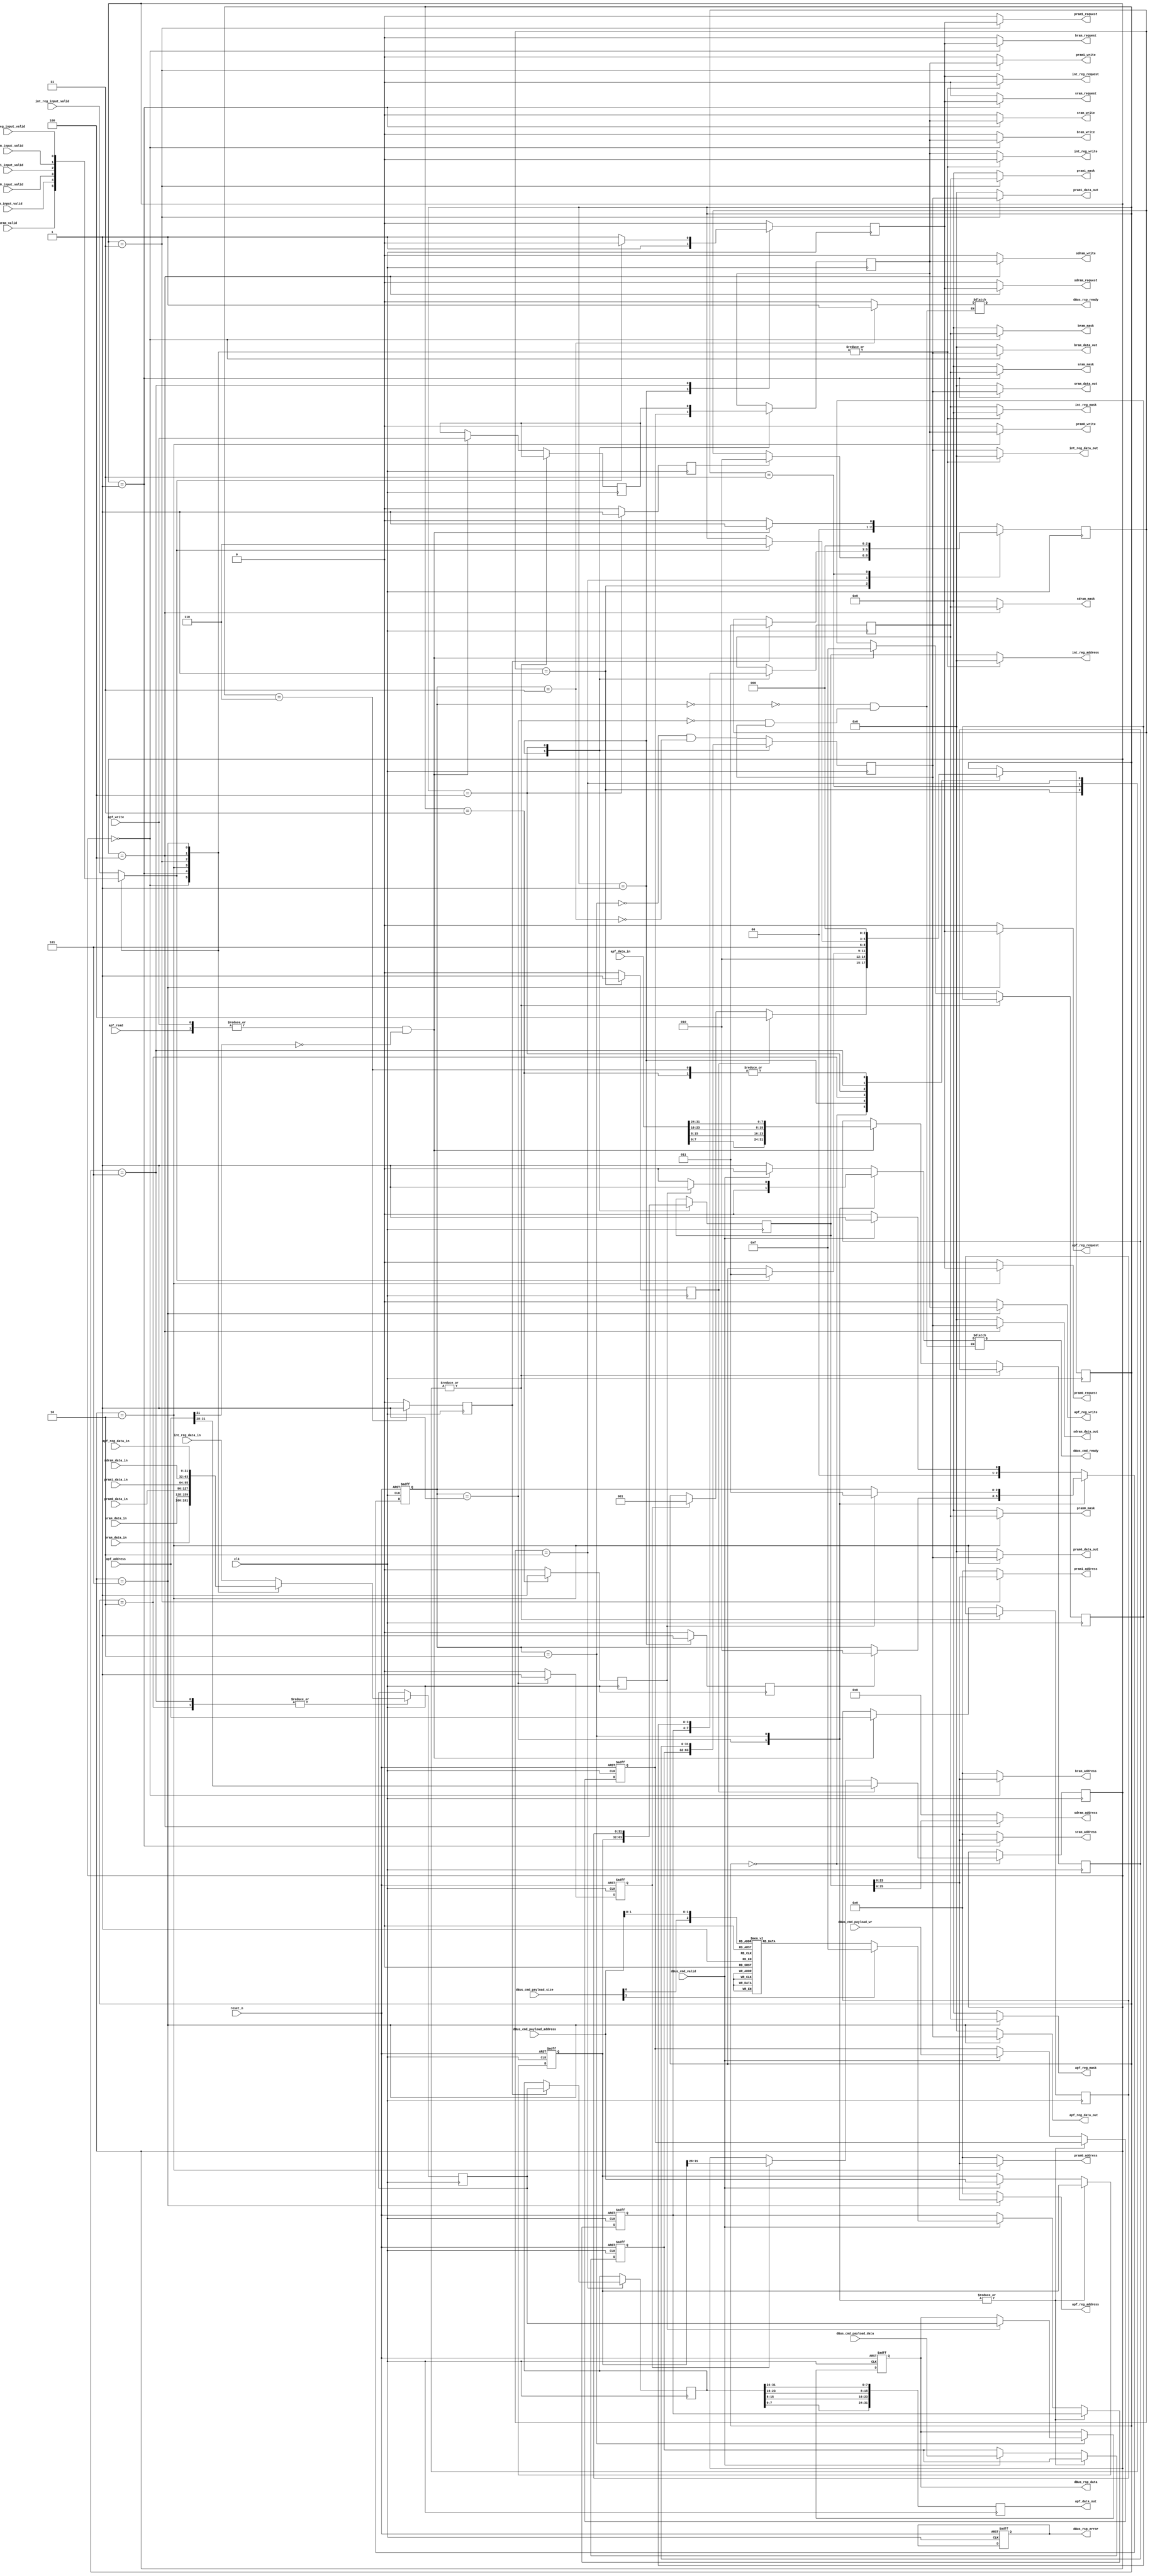
module arb_apf_mpu_controller(
    input wire          clk,
    input wire          reset_n,

    
    input  wire         dBus_cmd_valid,
    output reg          dBus_cmd_ready,
    input  wire         dBus_cmd_payload_wr,
    input  wire[31:0]   dBus_cmd_payload_address,
    input  wire[31:0]   dBus_cmd_payload_data,
    input  wire[1:0]    dBus_cmd_payload_size,
    output reg          dBus_rsp_ready = 0,
    output reg          dBus_rsp_error = 0,
    output reg [31:0]   dBus_rsp_data = 0,  

    input  wire[31:0]   apf_address,
    input  wire[31:0]   apf_data_in,
    output reg [31:0]   apf_data_out = 0,
    input  wire         apf_write,
    input  wire         apf_read,

    input  wire         bram_valid,
    output reg          bram_write = 0,
    output reg          bram_request = 0,
    output reg [23:0]   bram_address = 0,
    output reg [3:0]    bram_mask = 0,
    output reg [31:0]   bram_data_out = 0,
    input  wire[31:0]   bram_data_in,

    input  wire         sram_input_valid,
    output reg          sram_write = 0,
    output reg          sram_request = 0,
    output reg [23:0]   sram_address = 0,
    output reg [3:0]    sram_mask = 0,
    output reg [31:0]   sram_data_out = 0,
    input  wire[31:0]   sram_data_in,

    input  wire         pram0_input_valid,
    output reg          pram0_write = 0,
    output reg          pram0_request = 0,
    output reg [23:0]   pram0_address = 0,
    output reg [3:0]    pram0_mask = 0,
    output reg [31:0]   pram0_data_out = 0,
    input  wire[31:0]   pram0_data_in,

    input  wire         pram1_input_valid,
    output reg          pram1_write = 0,
    output reg          pram1_request = 0,
    output reg [23:0]   pram1_address = 0,
    output reg [3:0]    pram1_mask = 0,
    output reg [31:0]   pram1_data_out = 0,
    input  wire[31:0]   pram1_data_in,

    input  wire         sdram_input_valid,
    output reg          sdram_write = 0,
    output reg          sdram_request = 0,
    output reg [25:0]   sdram_address = 0,
    output reg [3:0]    sdram_mask = 0,
    output reg [31:0]   sdram_data_out = 0,
    input  wire[31:0]   sdram_data_in,

    input  wire         apf_reg_input_valid,
    output reg          apf_reg_write = 0,
    output reg          apf_reg_request = 0,
    output reg [23:0]   apf_reg_address = 0,
    output reg [3:0]    apf_reg_mask = 0,
    output reg [31:0]   apf_reg_data_out = 0,
    input  wire[31:0]   apf_reg_data_in,

    input  wire         int_reg_input_valid,
    output reg          int_reg_write = 0,
    output reg          int_reg_request = 0,
    output reg [31:0]   int_reg_address = 0,
    output reg [3:0]    int_reg_mask = 0,
    output reg [31:0]   int_reg_data_out = 0,
    input  wire[31:0]   int_reg_data_in

    );

// internal bus controller
// This mux process also works for the addressing where the top 4 bits are used for the address locations
parameter       bram_mux_process    =   0,
                sram_mux_process    =   1,
                pram0_mux_process   =   2,
                pram1_mux_process   =   3,
                sdram_mux_process   =   4,
                apf_reg_mux_process =   5,
                int_reg_mux_process =   6;

parameter       bus_state_process_idle              = 0,
                bus_state_process_cpu_requested     = 1,
                bus_state_process_cpu_wait          = 2,
                bus_state_process_cpu_completed     = 3,
                bus_state_process_apf_requested     = 4,
                bus_state_process_apf_wait          = 5,
                bus_state_process_apf_completed     = 6;


    reg [2:0]       bus_state_process = 0;  // setup the muxes for the return or sending data to the ram or interface cores;  
    reg [3:0]       bus_mux_process = 0;  // setup the muxes for the return or sending data to the ram or interface cores;  
    reg [31:0]      bus_data_reg_input = 0; // sends the data back on the bus to the CPU or APF state machines


    reg             bus_input_valid = 0;
    reg [31:0]      bus_input_data = 0;

    reg             bus_output_write = 0;
    reg             bus_output_request = 0;
    reg [31:0]      bus_output_address = 0;
    reg [31:0]      bus_output_data = 0;
    reg [3:0]       bus_output_mask = 0;

    reg             cpu_bus_done = 0;
    reg             apf_bus_done = 0;

    // BIG MUX for the output for the cores.
    // Will need to check no latches are made here

    always @* begin 

        bram_write          <=  0;
        bram_request        <=  0;
        bram_address        <=  0;
        bram_mask           <=  0;
        bram_data_out       <=  0;
        sram_write          <=  0;
        sram_request        <=  0;
        sram_address        <=  0;
        sram_mask           <=  0;
        sram_data_out       <=  0;
        pram0_write         <=  0;
        pram0_request       <=  0;
        pram0_address       <=  0;
        pram0_mask          <=  0;
        pram0_data_out      <=  0;
        pram1_write         <=  0;
        pram1_request       <=  0;
        pram1_address       <=  0;
        pram1_mask          <=  0;
        pram1_data_out      <=  0;
        sdram_write         <=  0;
        sdram_request       <=  0;
        sdram_address       <=  0;
        sdram_mask          <=  0;
        sdram_data_out      <=  0;
        apf_reg_write       <=  0;
        apf_reg_request     <=  0;
        apf_reg_address     <=  0;
        apf_reg_mask        <=  0;
        apf_reg_data_out    <=  0;
        int_reg_write       <=  0;
        int_reg_request     <=  0;
        int_reg_address     <=  0;
        int_reg_mask        <=  0;
        int_reg_data_out    <=  0;
        bus_input_valid     <=  0;
        bus_input_data      <=  0;

        case (bus_mux_process) 
        bram_mux_process        : begin 
            bus_input_valid     <=  bram_valid;
            bus_input_data      <=  bram_data_in;
            bram_write          <=  bus_output_write;
            bram_request        <=  bus_output_request;
            bram_address        <=  bus_output_address;
            bram_mask           <=  bus_output_mask;
            bram_data_out       <=  bus_output_data;
        end 

        sram_mux_process        : begin 
            bus_input_valid     <=  sram_input_valid;
            bus_input_data      <=  sram_data_in;
            sram_write          <=  bus_output_write;
            sram_request        <=  bus_output_request;
            sram_address        <=  bus_output_address;
            sram_mask           <=  bus_output_mask;
            sram_data_out       <=  bus_output_data;
        end 
        
        pram0_mux_process       : begin 
            bus_input_valid     <=  pram0_input_valid;
            bus_input_data      <=  pram0_data_in;
            pram0_write          <=  bus_output_write;
            pram0_request        <=  bus_output_request;
            pram0_address        <=  bus_output_address;
            pram0_mask           <=  bus_output_mask;
            pram0_data_out       <=  bus_output_data;
        end 
        
        pram1_mux_process       : begin 
            bus_input_valid     <=  pram1_input_valid;
            bus_input_data      <=  pram1_data_in;
            pram1_write          <=  bus_output_write;
            pram1_request        <=  bus_output_request;
            pram1_address        <=  bus_output_address;
            pram1_mask           <=  bus_output_mask;
            pram1_data_out       <=  bus_output_data;
        end 
        
        sdram_mux_process       : begin 
            bus_input_valid     <=  sdram_input_valid;
            bus_input_data      <=  sdram_data_in;
            sdram_write          <=  bus_output_write;
            sdram_request        <=  bus_output_request;
            sdram_address        <=  bus_output_address;
            sdram_mask           <=  bus_output_mask;
            sdram_data_out       <=  bus_output_data;
        end 
        
        apf_reg_mux_process     : begin 
            bus_input_valid     <=  apf_reg_input_valid;
            bus_input_data      <=  apf_reg_data_in;
            apf_reg_write       <=  bus_output_write;
            apf_reg_request     <=  bus_output_request;
            apf_reg_address     <=  bus_output_address;
            apf_reg_mask        <=  bus_output_mask;
            apf_reg_data_out    <=  bus_output_data;
        end 
        
        default     : begin 
            bus_input_valid     <=  int_reg_input_valid;
            bus_input_data      <=  int_reg_data_in;
            int_reg_write       <=  bus_output_write;
            int_reg_request     <=  bus_output_request;
            int_reg_address     <=  bus_output_address;
            int_reg_mask        <=  bus_output_mask;
            int_reg_data_out    <=  bus_output_data;
        end 
        
        endcase 
    end

    reg cpu_bus_granted =0;
    reg apf_bus_granted =0 ;
    reg apf_bus_request = 0;

    always @(posedge clk) begin 
        
        cpu_bus_granted     <= 0;
        apf_bus_granted     <= 0;
        bus_output_request  <= 0;
        cpu_bus_done        <= 0;
        apf_bus_done        <= 0;

        case (bus_state_process)
        bus_state_process_idle              : begin 
            if (apf_bus_request) begin 
                bus_state_process       <= bus_state_process_apf_requested;
                bus_mux_process         <= apf_address[31:28];
            end 
            else if (cpu_bus_request) begin 
                bus_state_process       <= bus_state_process_cpu_requested;
                bus_mux_process         <= cpu_address[31:28];
            end 
        end 

        bus_state_process_cpu_requested     : begin 
            cpu_bus_granted         <= 1;
            bus_output_write        <= cpu_write_sig;
            bus_output_address      <= cpu_address;
            bus_output_data         <= cpu_write_data;
            bus_output_mask         <= cpu_write_mask_sig;
            bus_state_process       <= bus_state_process_cpu_wait;
            bus_output_request      <= 1;
        end 
        
        bus_state_process_cpu_wait          : begin 
            bus_output_request      <= 0;
            if (bus_input_valid) begin 
                    bus_state_process       <= bus_state_process_cpu_completed;
            end 
            bus_data_reg_input              <= bus_input_data;
        end 

        bus_state_process_cpu_completed     : begin 
            cpu_bus_done        <= 1;
            bus_state_process   <= bus_state_process_idle;

        end 

        bus_state_process_apf_requested     : begin 
        apf_bus_granted         <= 1;
        bus_output_write        <= apf_write_sig;
        bus_output_address      <= apf_address_reg;
        bus_output_data         <= apf_write_data;
        bus_output_mask         <= apf_write_mask_sig;
        bus_state_process       <= bus_state_process_apf_wait;

        end 

        bus_state_process_apf_wait          : begin 
            if (bus_input_valid)    begin 
                    bus_output_request      <= 0;
                    bus_state_process       <= bus_state_process_apf_completed;
            end
            else    bus_output_request      <= 1;
            bus_data_reg_input              <= bus_input_data;
        end 

        bus_state_process_apf_completed     : begin 
            apf_bus_done        <= 1;
            bus_state_process   <= bus_state_process_idle;

        end 

        endcase
    end

/****************************************************************************************************************** 
    Master CPU interface
    this controls the interface on the data side of the Vexrisc CPU
    also created a delay when required too for external memorys as well, Helps tidy up the issues im having with 
    a duel port BRAM for the data side.

    This allows the CPU to still have access to the BRAM on the instruction side, But this will cause a bit of a
    slow down on the data side.

    But this allows a DMA like process for the APF bus as well to the Memory cores as well. So we can just transfer
    memory from the APF to the memory cores directly if needed and the MPU can access them too

******************************************************************************************************************/

    parameter   cpu_idle_state        = 0,
                cpu_request_state     = 1,
                cpu_wait_state        = 2,
                cpu_completed_state   = 3;

    reg [2:0]   cpu_state = 0;
    reg [31:0]  cpu_address = 0;
    reg [31:0]  cpu_write_data = 0;
    reg [3:0]   cpu_write_mask_sig = 0;
    reg         cpu_write_sig = 0;
    reg         cpu_bus_request = 0;

// now we need to make the core able to read and write from the APF and the instructions side will stop for the processes

reg [3:0] cpu_data_byte_select =0;

always @* begin
	case ({dBus_cmd_payload_size,dBus_cmd_payload_address[1:0]})
    // bytes
		{2'b00, 2'b00}  : cpu_data_byte_select <= 4'b0001;
		{2'b00, 2'b01}  : cpu_data_byte_select <= 4'b0010;
		{2'b00, 2'b10}  : cpu_data_byte_select <= 4'b0100;
		{2'b00, 2'b11}  : cpu_data_byte_select <= 4'b1000;
		// half words
		{2'b01, 2'b00}  : cpu_data_byte_select <= 4'b0011;
		{2'b01, 2'b01}  : cpu_data_byte_select <= 4'b0110;
		{2'b01, 2'b10}  : cpu_data_byte_select <= 4'b1100;
		{2'b01, 2'b11}  : cpu_data_byte_select <= 4'b1000;
		// full words
		default  	    : cpu_data_byte_select <= 4'b1111;
	endcase
end


/********************************** 
 * 
 * CPU control signals
input               dBus_cmd_valid,
output reg          dBus_cmd_ready,
input               dBus_cmd_payload_wr,
input      [31:0]   dBus_cmd_payload_address,
input      [31:0]   dBus_cmd_payload_data,
input      [1:0]    dBus_cmd_payload_size,
output reg          dBus_rsp_ready,
output reg          dBus_rsp_error,
output reg [31:0]   dBus_rsp_data,  

************************************/
    always @(posedge clk or negedge reset_n) begin 
        if (!reset_n) begin 
            cpu_state           <= cpu_idle_state;
            cpu_address         <= 32'h0;
            cpu_write_data      <= 32'h0;
            cpu_write_mask_sig  <= 4'h0;
            cpu_write_sig       <= 1'b0;
            dBus_rsp_error      <= 1'b0;
            dBus_rsp_data       <= 32'b0;
            cpu_bus_request     <= 1'b0;
        end 
        else begin 
            cpu_bus_request     <= 1'b0;
            case (cpu_state)

            // this is where the CPU state will send to the bus controller we want access on the granted signal is sent the bus arbitor will
            // collect the address and send it out on all buses and then poll that memory core
            cpu_request_state : begin 
                cpu_bus_request     <= 1'b1;
                if (cpu_bus_granted) begin 
                    cpu_state           <= cpu_wait_state;
                end 
            end 
            // And now we wait for the BUS to come back with data. once done we send that up on the CPU bus ready to be completed
            cpu_wait_state: begin 
                if (cpu_bus_done) begin 
                    cpu_state           <= cpu_completed_state;
                    dBus_rsp_data       <= bus_data_reg_input;
                end 
            end 

            // we do the signal back to the CPU and if there is more data to be written or read we work from there.
            cpu_completed_state: begin 
					if (dBus_cmd_valid) begin 
                    cpu_state           <= cpu_request_state;
                    cpu_address         <= dBus_cmd_payload_address;
                    cpu_write_data      <= dBus_cmd_payload_data;
                    cpu_write_mask_sig  <= cpu_data_byte_select;
                    cpu_write_sig       <= dBus_cmd_payload_wr;
                end 
                else begin 
                    cpu_state           <= cpu_idle_state;
                end 
            end

            // this is the idle state of the CPU and we are just waiting to get it data
            default : begin 
                if (dBus_cmd_valid) begin 
                    cpu_state           <= cpu_request_state;
                    cpu_address         <= dBus_cmd_payload_address;
                    cpu_write_data      <= dBus_cmd_payload_data;
                    cpu_write_mask_sig  <= cpu_data_byte_select;
                    cpu_write_sig       <= dBus_cmd_payload_wr;
                end 
                else begin 
                    cpu_state           <= cpu_idle_state;
                end 
            end     
            endcase 
        end 
    end

    always @* begin
        case (cpu_state)
            cpu_idle_state        : begin
                if (dBus_cmd_valid) dBus_cmd_ready <= 0;
                else dBus_cmd_ready <= 1;
                dBus_rsp_ready <= 0;
            end
            cpu_request_state     : begin
                dBus_cmd_ready <= 0;
                dBus_rsp_ready <= 0;
            end
            cpu_wait_state        : begin
                if (cpu_bus_done) dBus_cmd_ready <= 1;
                else dBus_cmd_ready <= 0;
                dBus_rsp_ready <= 0;
            end
            cpu_completed_state   : begin
                if (dBus_cmd_valid) dBus_cmd_ready <= 0;
                else dBus_cmd_ready <= 1;
                dBus_rsp_ready <= 1;
            end
        endcase
    end

/****************************************************************************************************************** 
    APF interface
    this controls the interface on the data side of the APF Bus in the 32'h0000_0000 to 32'hEFFF_FFFF range

    also created a delay when required too for external memorys as well, Helps tidy up the issues im having with 
    a duel port BRAM for the data side.

    But this allows a DMA like process for the APF bus as well to the Memory cores as well. So we can just transfer
    memory from the APF to the memory cores directly if needed and the MPU can access them too

******************************************************************************************************************/

parameter   apf_idle_state        = 0,
            apf_request_state     = 1,
            apf_wait_state        = 2,
            apf_completed_state   = 3;

reg [2:0]   apf_state = 0;
reg [31:0]  apf_address_reg = 0;
reg [31:0]  apf_write_data =0;
reg [3:0]   apf_write_mask_sig =0;
reg         apf_write_sig =0;


// now we need to make the core able to read and write from the APF and the instructions side will stop for the processes

/********************************** 
* 
APF Interface

************************************/
reg [31:0] apf_data_out_reg;
reg [31:0] apf_data_out_final;

always @(posedge clk) begin  
        apf_bus_request     <= 1'b0;
        case (apf_state)

        // this is where the CPU state will send to the bus controller we want access on the granted signal is sent the bus arbitor will
        // collect the address and send it out on all buses and then poll that memory core
        apf_request_state : begin 
            apf_bus_request         <= 1'b1;
            if (apf_bus_granted) begin 
                apf_state           <= apf_wait_state;
            end 
        end 
        // And now we wait for the BUS to come back with data. once done we send that up on the CPU bus ready to be completed
        apf_wait_state: begin 
            if (apf_bus_done) begin 
                apf_state           <= apf_completed_state;
                apf_data_out_reg    <= bus_data_reg_input;
            end 
        end 

        // we do the signal back to the CPU and if there is more data to be written or read we work from there.
        apf_completed_state: begin
        apf_state                   <= apf_idle_state;

        end

        // this is the idle state of the CPU and we are just waiting to get it data
        default : begin 
            if (|{apf_write,apf_read} && (apf_address[31] != 1'b1)) begin 
                apf_state           <= apf_request_state;
                apf_address_reg     <= apf_address;
                apf_write_data      <= {apf_data_in[7:0], apf_data_in[15:8], apf_data_in[23:16], apf_data_in[31:24]};
                apf_write_mask_sig  <= 4'hF;
                apf_write_sig       <= apf_write;
					 apf_data_out_final	<= apf_data_out_reg;
            end 
            else begin 
                apf_state           <= apf_idle_state;
            end 
        end     
        endcase 
end

always @(posedge clk) apf_data_out <= {apf_data_out_reg[7:0], apf_data_out_reg[15:8], apf_data_out_reg[23:16], apf_data_out_reg[31:24]};
endmodule